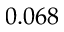
0 . 0 6 8